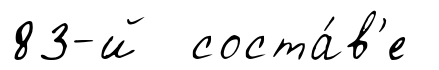
83-й соста́в'е